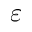
\varepsilon